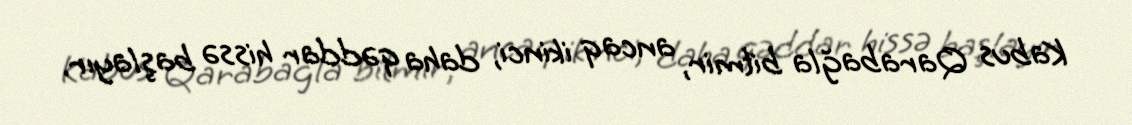
Kabus Qarabağla bitmir, ancaq ikinci, daha qəddar hissə başlayır.